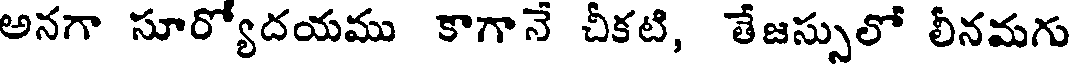
అనగా సూర్యోదయము కాగానే చీకటి, తేజస్సులో లీనమగు